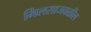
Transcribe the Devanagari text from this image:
भिलसाजवळील